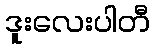
ဒူးလေးပါတီ